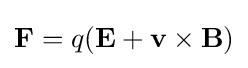
\mathbf {F} =q(\mathbf {E} +\mathbf {v} \times \mathbf {B} )